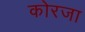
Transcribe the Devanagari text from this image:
कोरजा